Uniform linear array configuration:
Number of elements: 8
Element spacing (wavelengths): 0.25
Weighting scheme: exponential
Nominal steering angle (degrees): -30
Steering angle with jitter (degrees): -30.269
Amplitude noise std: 0.05
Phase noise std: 0.05

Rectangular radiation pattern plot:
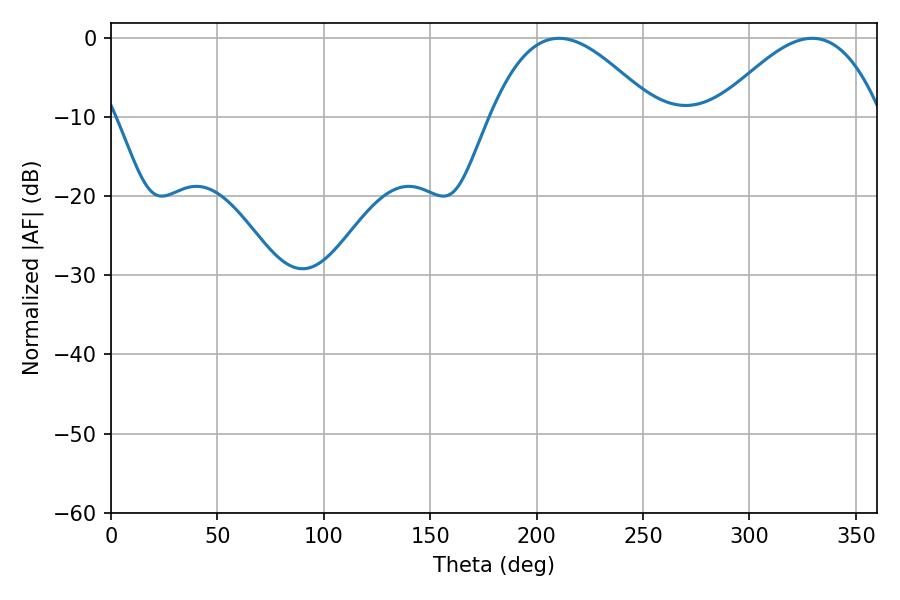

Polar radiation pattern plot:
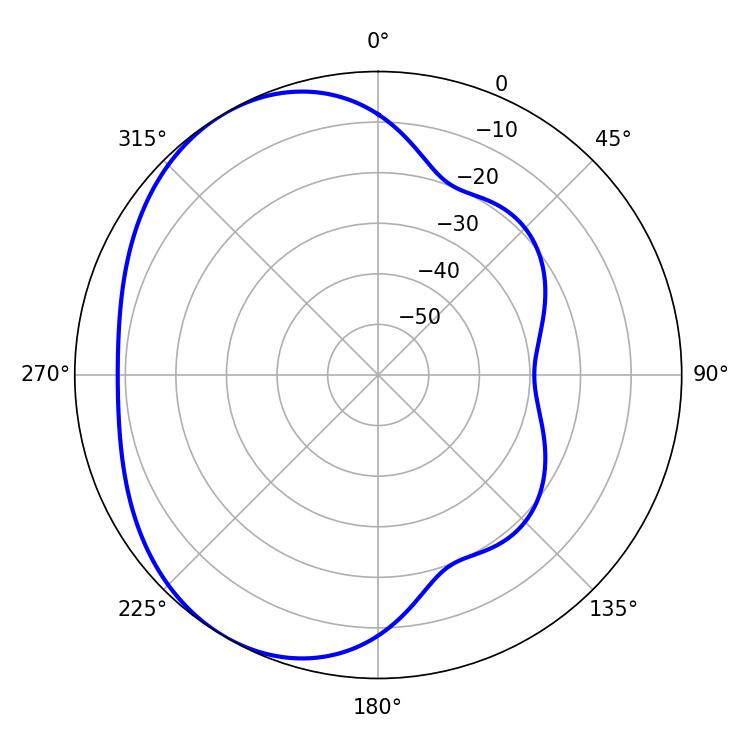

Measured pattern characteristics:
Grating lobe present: FALSE
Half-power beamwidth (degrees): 42.12
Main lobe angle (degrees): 210.6